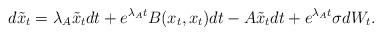
LaTeX: \begin{align*} d \tilde{x}_t = \lambda_A \tilde{x}_t dt + e^{\lambda_A t}B(x_t,x_t)dt - A\tilde{x}_t dt + e^{\lambda_A t}\sigma dW_t.\end{align*}